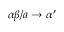
\alpha \beta / a \to \alpha ^ { \prime }